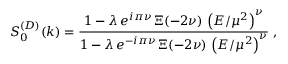
S _ { 0 } ^ { ( D ) } ( k ) = \frac { 1 - \lambda \, e ^ { i \pi \nu } \, \Xi ( - 2 \nu ) \, \left( E / \mu ^ { 2 } \right) ^ { \nu } } { 1 - \lambda \, e ^ { - i \pi \nu } \, \Xi ( - 2 \nu ) \, \left( E / \mu ^ { 2 } \right) ^ { \nu } } \; ,